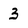
Character: 3